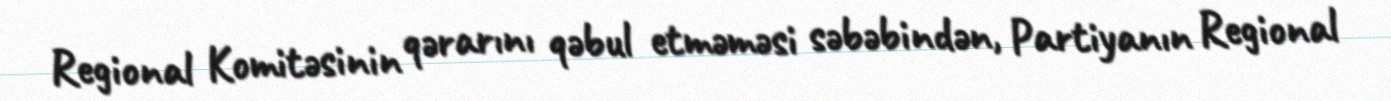
Regional Komitəsinin qərarını qəbul etməməsi səbəbindən, Partiyanın Regional